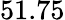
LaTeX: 51.75